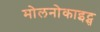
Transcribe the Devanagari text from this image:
मोलनोकाइट्स